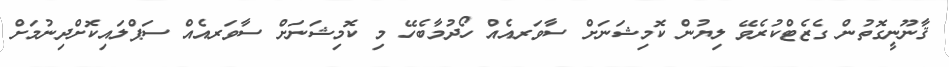
ޤާނޫނީގޮތުން ގެޒެޓްކުރެވޭ ލިޔުން ކޮމިޝަނަށް ސާވަރއެއް ހޯދުމާބެހޭ މި ކޮމިޝަނަށް ސާވަރއެއް ސަޕްލައިކޮށްދިނުމަށް